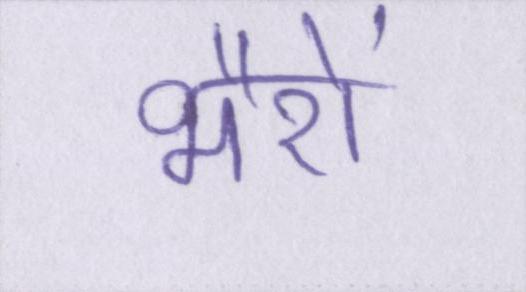
भैरों